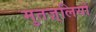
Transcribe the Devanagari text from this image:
मुतज़्लियों